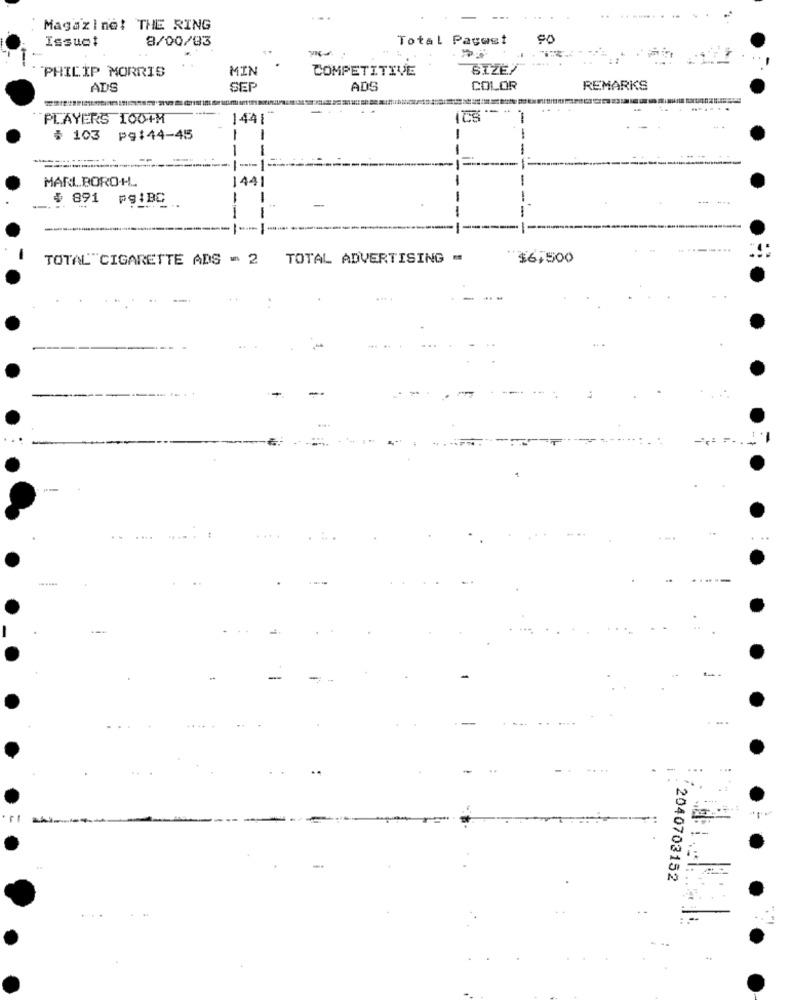
Magazine: THE RING
Issuct
8/00/83
Total Pagest
PHILIP MORRIS
MIN
COMPETITIVE
SIZE/
ADS
SEP
ADS
COLOR
REMARKS
.......
PLAYERS 100+M
1441
$ 103 pq:44-45
MARLBORO.H ..
4 891 pgiBC
TOTAL"CIGARETTE ADS - 2
TOTAL ADVERTISING -
$6,500
...
-
2040703152